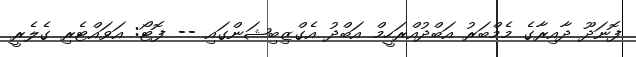
ފޮނަދޫ ދާއިރާގެ މެމްބަރު އަބްދުއްރަހީމް އަބްދު އެގްޒިބިޝަންގައި -- ފޮޓޯ: އަވައްޓެރި ގެލެރީ